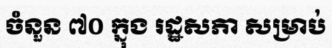
ចំនួន ៧០ ក្នុង រដ្ឋសភា សម្រាប់